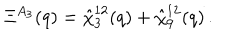
\Xi ^ { A _ { 3 } } ( q ) = \hat { \chi } _ { 3 } ^ { 1 2 } ( q ) + \hat { \chi } _ { 9 } ^ { 1 2 } ( q ) \, .